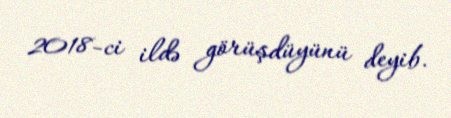
2018-ci ildə görüşdüyünü deyib.